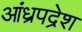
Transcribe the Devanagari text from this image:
आंध्रपद्रेश